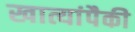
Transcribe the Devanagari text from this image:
खात्यांपैकी